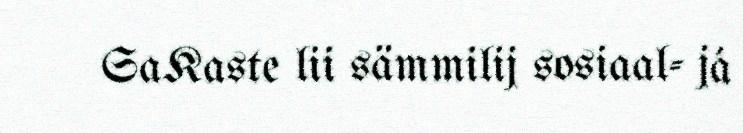
SaKaste lii sämmilij sosiaal- já